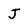
Character: J